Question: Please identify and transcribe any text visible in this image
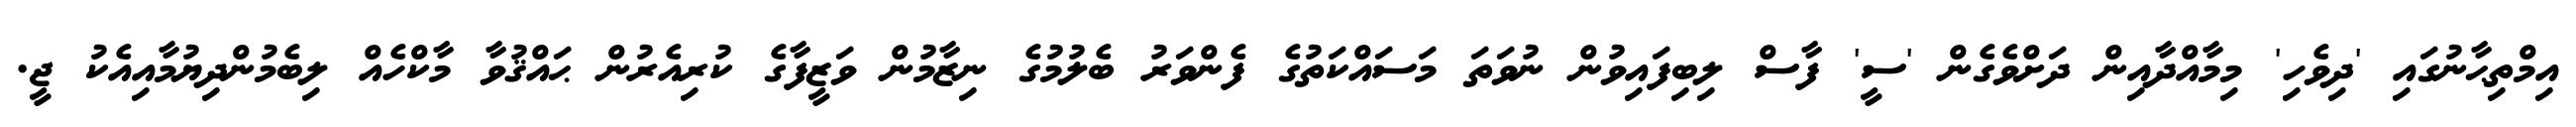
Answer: އިމްތިޙާނުގައި 'ދިވެހި' މިމާއްދާއިން ދަށްވެގެން 'ސީ' ފާސް ލިބިފައިވުން ނުވަތަ މަސައްކަތުގެ ފެންވަރު ބެލުމުގެ ނިޒާމުން ވަޒީފާގެ ކުރިއެރުން ޙައްޤުވާ މާކްހެއް ލިބެމުންދިޔުމާއިއެކު ޖީ.